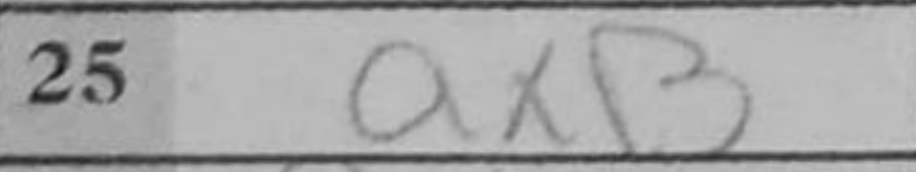
Transcription: axB